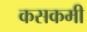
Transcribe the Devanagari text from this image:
कसकमी